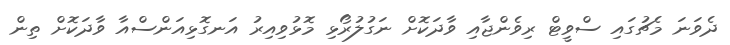
ދެވަނަ މެޗުގައި ސްވީޓް ރިވެންޖާއި ވާދަކޮށް ނަގުލުރޯޅި މޮޅުވިއިރު އަނގޮޅިއަންސްއާ ވާދަކޮށް ތިން